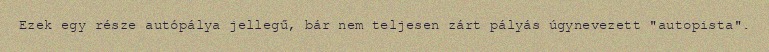
Ezek egy része autópálya jellegű, bár nem teljesen zárt pályás úgynevezett "autopista".